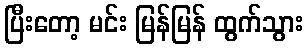
ပြီးတော့ မင်း မြန်မြန် ထွက်သွား